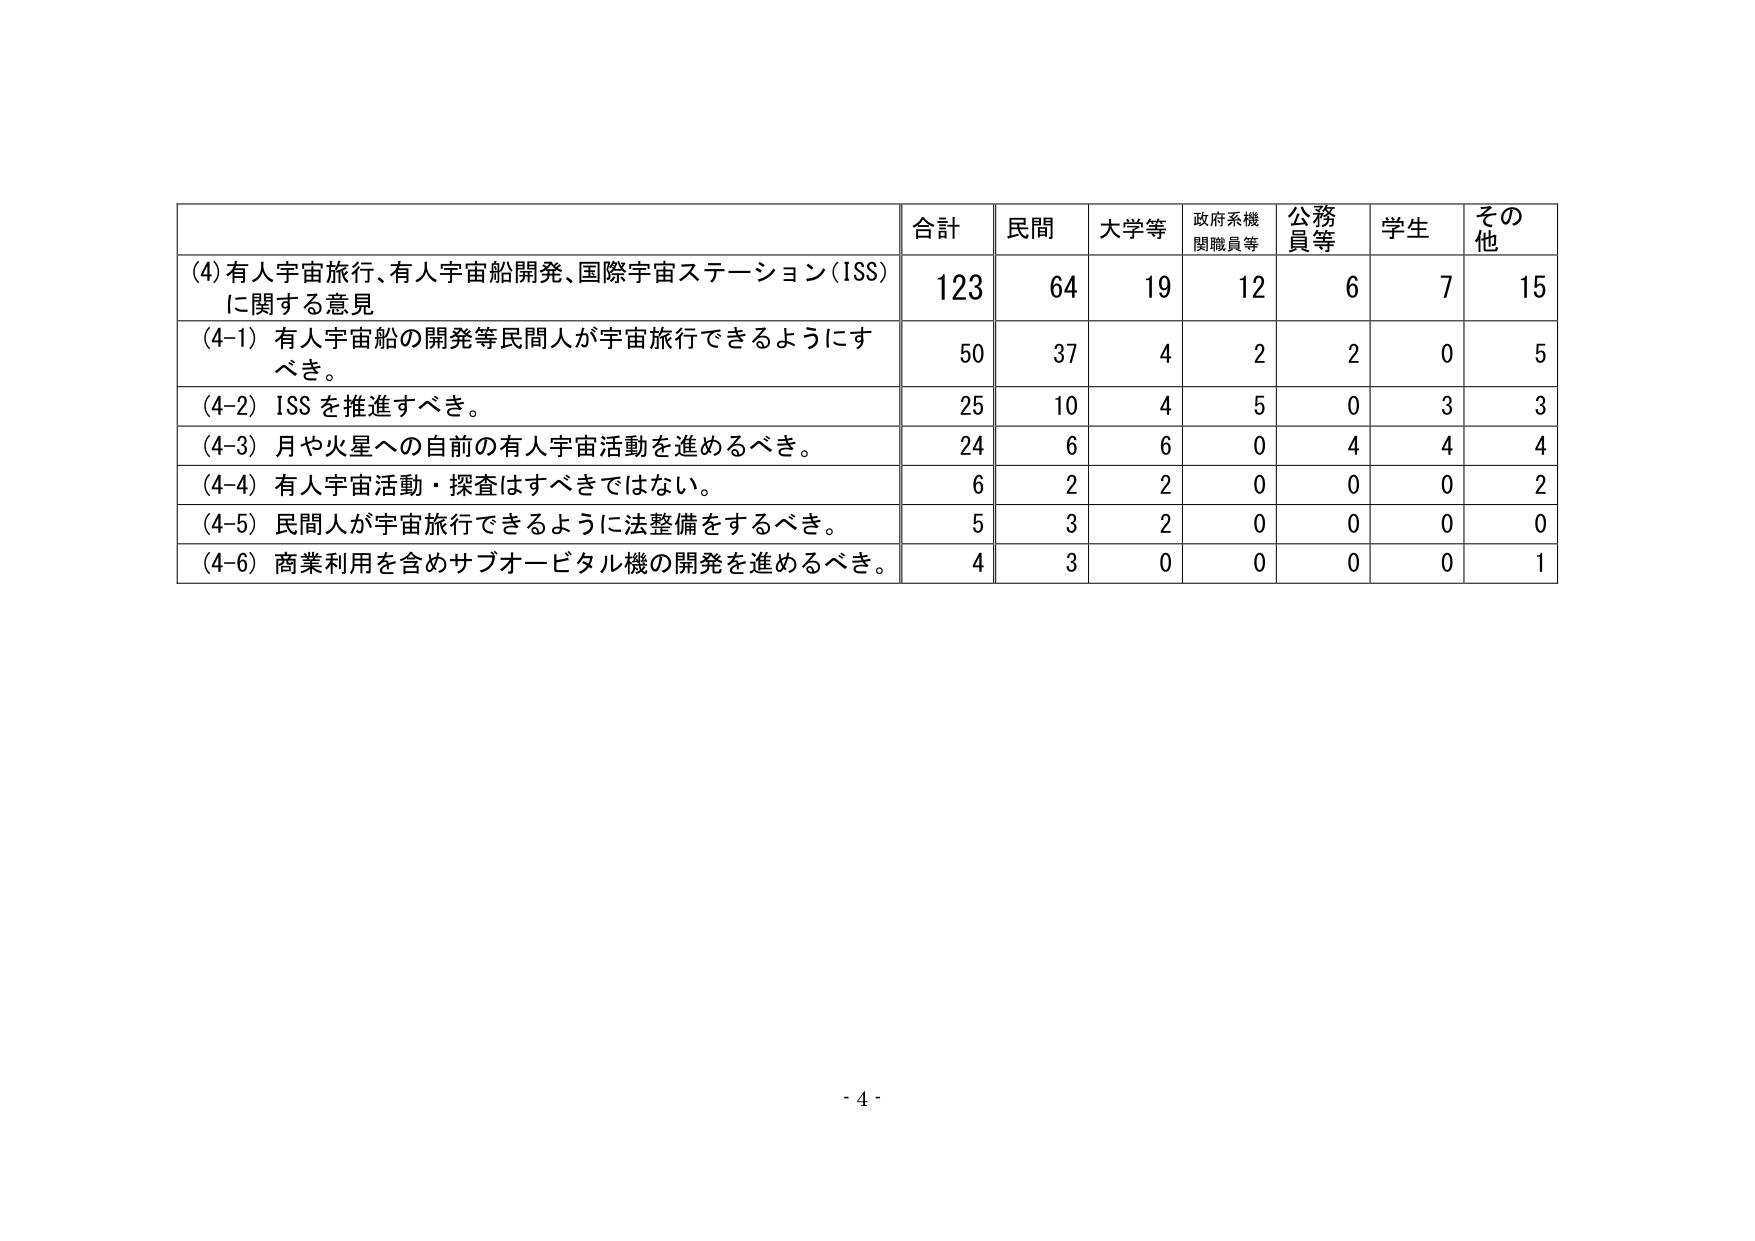
(4) 有人宇宙旅行、有人宇宙船開発、国際宇宙ステーション（ISS）に関する意見
合計 123
民間 64
大学等 19
政府系機関職員等 12
公務員等 6
学生 7
その他 15

(4-1) 有人宇宙船の開発等民間人が宇宙旅行できるようにすべき。
50 37 4 2 2 0 5

(4-2) ISS を推進すべき。
25 10 4 5 0 3 3

(4-3) 月や火星への自前の有人宇宙活動を進めるべき。
24 6 6 0 4 4 4

(4-4) 有人宇宙活動・探査はすべきではない。
6 2 2 0 0 0 2

(4-5) 民間人が宇宙旅行できるように法整備をするべき。
5 3 2 0 0 0 0

(4-6) 商業利用を含めサブオービタル機の開発を進めるべき。
4 3 0 0 0 0 1

- 4 -